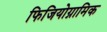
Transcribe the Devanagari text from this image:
फिजियोग्नामिक